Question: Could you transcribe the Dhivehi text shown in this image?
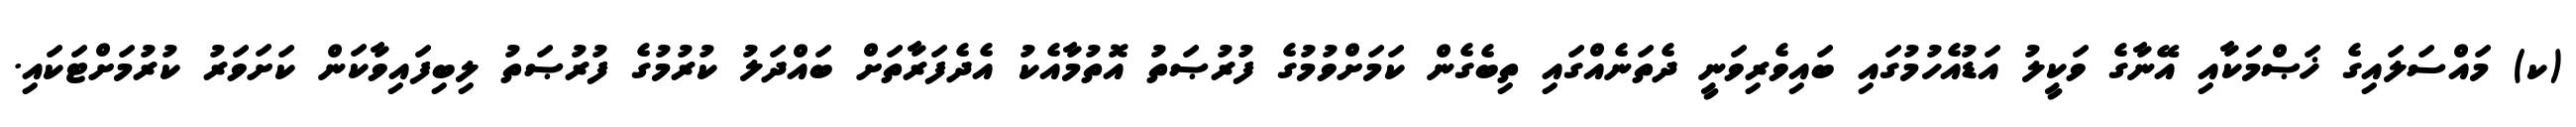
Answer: (ކ) މައްސަލައިގެ ޚަޞްމަކާއި އޭނާގެ ވަކީލު އަޑުއެހުމުގައި ބައިވެރިވަނީ ދެތަނެއްގައި ތިބެގެން ކަމަށްވުމުގެ ފުރުޞަތު އޮތުމާއެކު އެދެފަރާތަށް ބައްދަލު ކުރުމުގެ ފުރުޞަތު ލިބިފައިވާކަން ކަށަވަރު ކުރުމަށްޓަކައި.